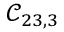
\mathcal { C } _ { 2 3 , 3 }